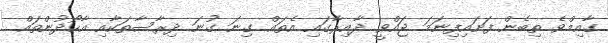
ގާއިމްވެ ތިބެން ފަށައިފިނަމަ ޖައްވީ ދާއިރާގައި އެތައް ގިނަ ގުނަ ދިރާސާތަކާއި އާހޯދުންތައް